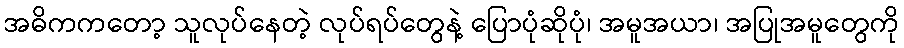
အဓိကကတော့ သူလုပ်နေတဲ့ လုပ်ရပ်တွေနဲ့ ပြောပုံဆိုပုံ၊ အမူအယာ၊ အပြုအမူတွေကို